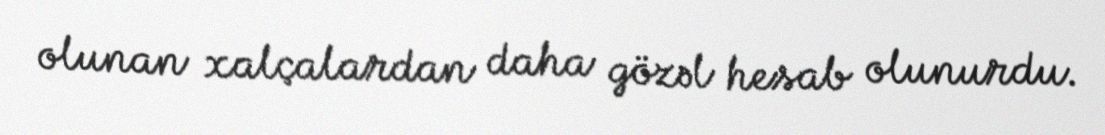
olunan xalçalardan daha gözəl hesab olunurdu.